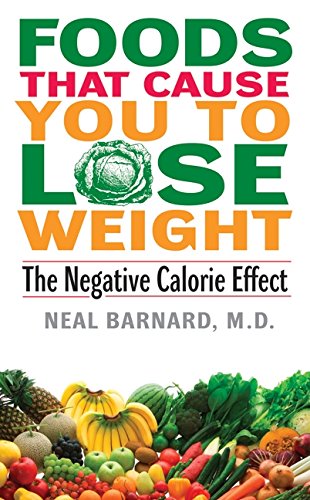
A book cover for Foods That Cause You to Lose Weight: The Negative Calorie Effect; Neal Barnard; Cookbooks, Food & Wine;